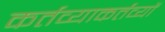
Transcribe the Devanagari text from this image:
कर्तव्याकर्तव्यों